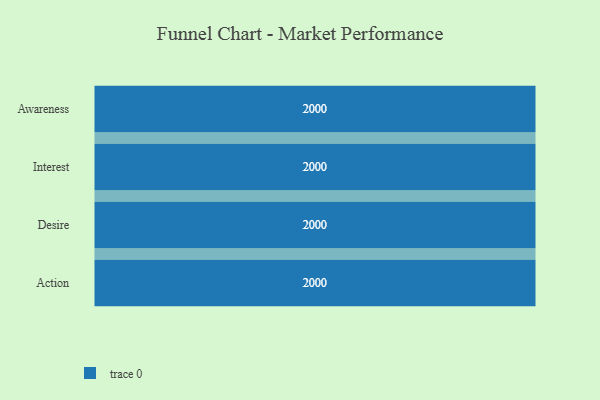
{"axis": {"x": "Stage", "y": "Value"}, "legend": [""], "data": [{"x": "Awareness", "y": 2000, "type": ""}, {"x": "Interest", "y": 2000, "type": ""}, {"x": "Desire", "y": 2000, "type": ""}, {"x": "Action", "y": 2000, "type": ""}]}